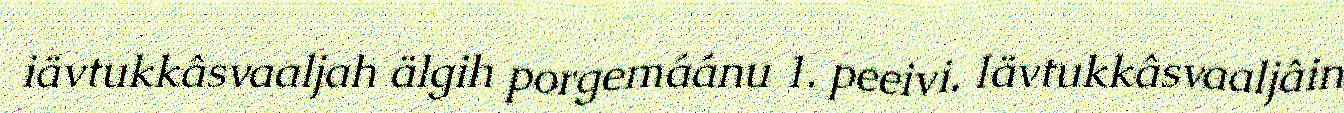
iävtukkâsvaaljah älgih porgemáánu 1. peeivi. Iävtukkâsvaaljâin